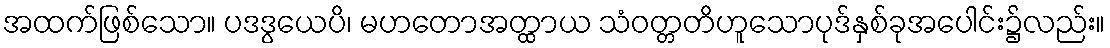
အထက်ဖြစ်သော။ ပဒဒွယေပိ၊ မဟတောအတ္ထာယ သံဝတ္တတိဟူသောပုဒ်နှစ်ခုအပေါင်း၌လည်း။